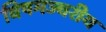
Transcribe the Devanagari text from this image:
विषमज्वरीय